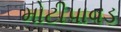
મોટીપાવડ